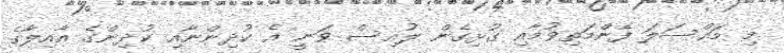
މި މައްސަލަ ފެންމަތިވުމާއި ގުޅިގެން ލުއިސް ވަނީ އެ ކުދިންނާއި ކުދިންގެ އާއިލާގެ